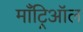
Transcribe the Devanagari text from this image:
माँट्रिऑल